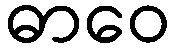
ဓာဝေ